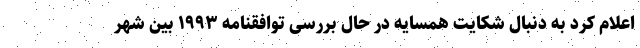
اعلام کرد به دنبال شکایت همسایه در حال بررسی توافقنامه ۱۹۹۳ بین شهر